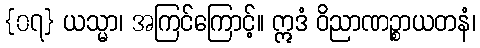
{၀၇} ယသ္မာ၊ အကြင်ကြောင့်။ ဣဒံ ဝိညာဏဉ္စာယတနံ၊